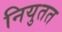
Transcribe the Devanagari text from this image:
नियुतत